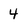
Character: 4